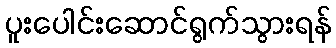
ပူးပေါင်းဆောင်ရွက်သွားရန်